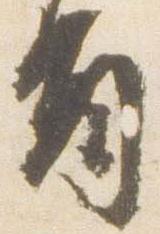
旨